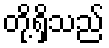
တို့ရှိသည်